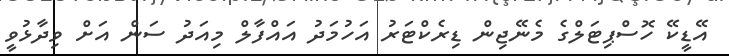
އޭޑީކޭ ހޮސްޕިޓަލްގެ މެނޭޖިން ޑިރެކްޓަރު އަހުމަދު އައްފާލް މިއަދު ސަން އަށް ވިދާޅުވީ